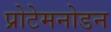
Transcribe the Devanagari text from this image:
प्रोटेमनोडन